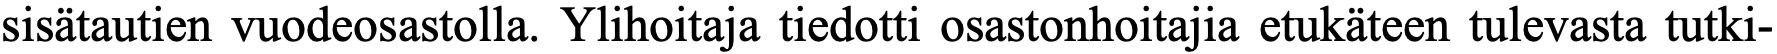
sisätautien vuodeosastolla. Ylihoitaja tiedotti osastonhoitajia etukäteen tulevasta tutki-